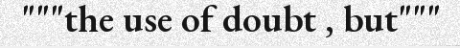
"""the use of doubt , but"""